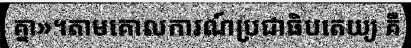
គ្នា»។តាមគោលការណ៍ប្រជាធិបតេយ្យ គឺ